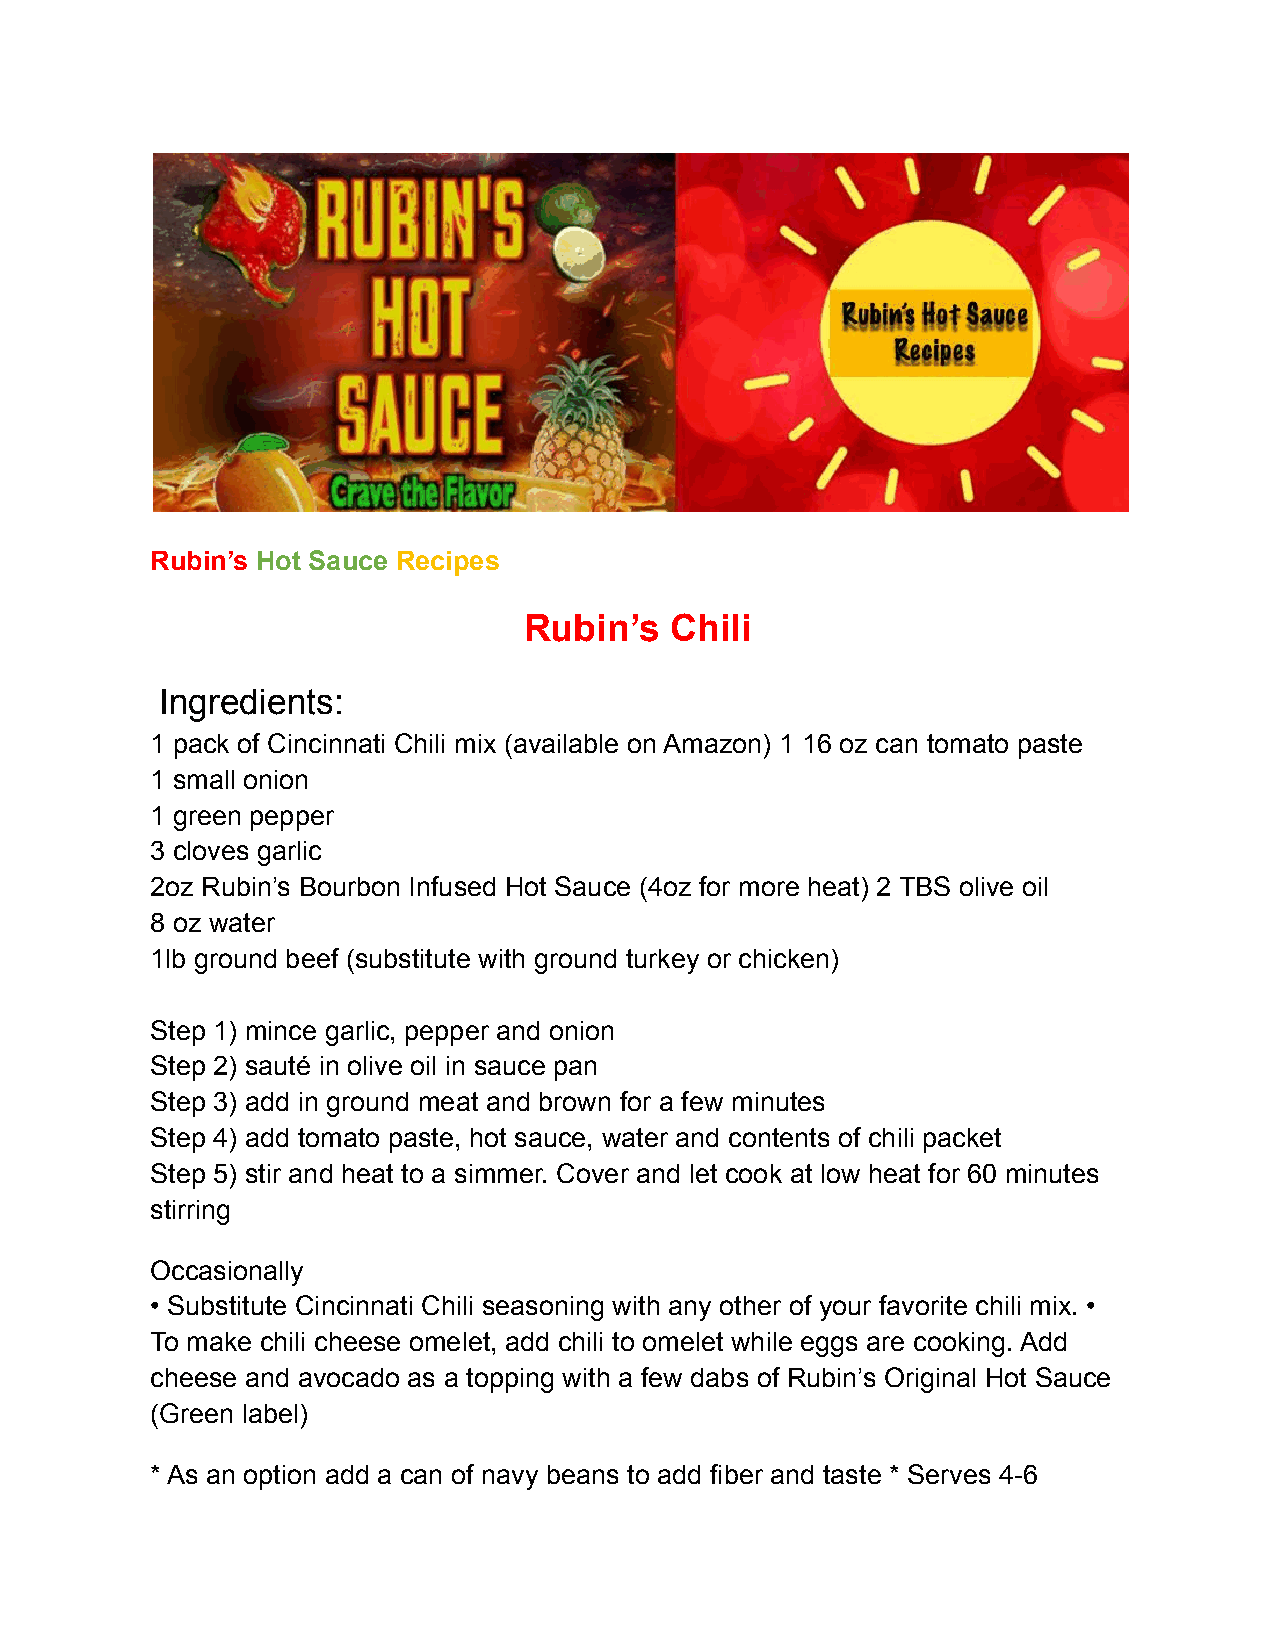
Rubin’s Hot Sauce Recipes
 Rubin’s  Chili
 Ingredients:
 1 pack of Cincinnati Chili mix (available on Amazon) 1 16 oz can tomato paste
 1 small onion
 1 green pepper
 3 cloves garlic
 2oz Rubin’s Bourbon Infused Hot Sauce (4oz for more heat) 2 TBS olive oil
 8 oz water
 1lb ground beef (substitute with ground turkey or chicken)
 Step 1) mince garlic, pepper and onion
 Step 2) sauté in olive oil in sauce pan
 Step 3) add in ground meat and brown for a few minutes
 Step 4) add tomato paste, hot sauce, water and contents of chili packet
 Step 5) stir and heat to a simmer. Cover and let cook at low heat for 60 minutes
 stirring
 Occasionally
 • Substitute Cincinnati Chili seasoning with any other of your favorite chili mix. •
 To make chili cheese omelet, add chili to omelet while eggs are cooking. Add
 cheese and avocado as a topping with a few dabs of Rubin’s Original Hot Sauce
 (Green label)
 * As an option add a can of navy beans to add fiber and taste * Serves 4-6